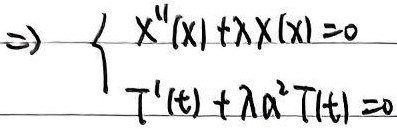
\(\Rightarrow\begin{cases}X''(x)+\lambda X(x)=0\\T'(t)+\lambda a^{2}T(t)=0\end{cases}\)